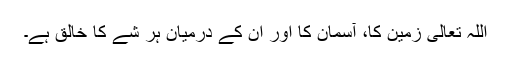
اللہ تعالیٰ زمین کا، آسمان کا اور ان کے درمیان ہر شے کا خالق ہے۔